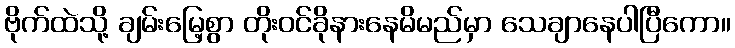
ဗိုက်ထဲသို့ ချမ်းမြေ့စွာ တိုးဝင်ခိုနားနေမိမည်မှာ သေချာနေပါပြီကော။